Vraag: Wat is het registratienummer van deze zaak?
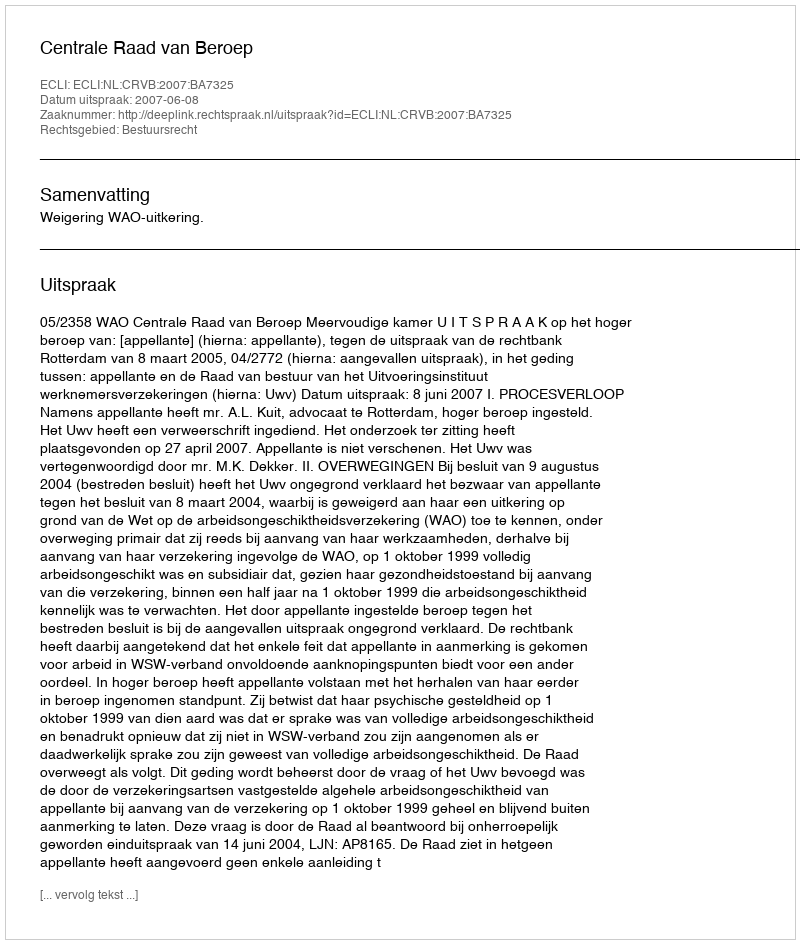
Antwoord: http://deeplink.rechtspraak.nl/uitspraak?id=ECLI:NL:CRVB:2007:BA7325